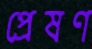
প্রেষণ